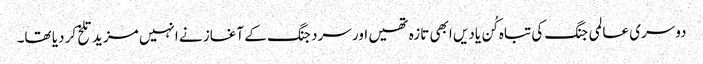
دوسری عالمی جنگ کی تباہ کُن یادیں ابھی تازہ تھیں اور سرد جنگ کے آغاز نے انہیں مزید تلخ کر دیا تھا۔